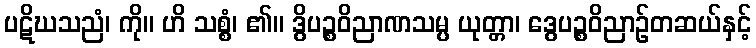
ပဋိဃသညံ၊ ကို။ ဟိ သစ္စံ၊ ၏။ ဒွိပဉ္စဝိညာဏသမ္ပ ယုတ္တာ၊ ဒွေပဉ္စဝိညာဉ်တဆယ်နှင့်